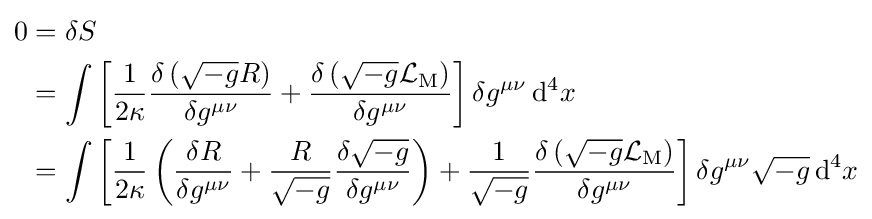
{\begin{aligned}0&=\delta S\\&=\int \left[{\frac {1}{2\kappa }}{\frac {\delta \left({\sqrt {-g}}R\right)}{\delta g^{\mu \nu }}}+{\frac {\delta \left({\sqrt {-g}}{\mathcal {L}}_{\mathrm {M} }\right)}{\delta g^{\mu \nu }}}\right]\delta g^{\mu \nu }\,\mathrm {d} ^{4}x\\&=\int \left[{\frac {1}{2\kappa }}\left({\frac {\delta R}{\delta g^{\mu \nu }}}+{\frac {R}{\sqrt {-g}}}{\frac {\delta {\sqrt {-g}}}{\delta g^{\mu \nu }}}\right)+{\frac {1}{\sqrt {-g}}}{\frac {\delta \left({\sqrt {-g}}{\mathcal {L}}_{\mathrm {M} }\right)}{\delta g^{\mu \nu }}}\right]\delta g^{\mu \nu }{\sqrt {-g}}\,\mathrm {d} ^{4}x\end{aligned}}